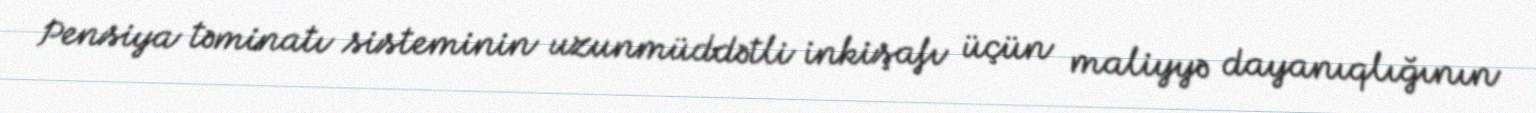
Pensiya təminatı sisteminin uzunmüddətli inkişafı üçün maliyyə dayanıqlığının